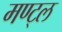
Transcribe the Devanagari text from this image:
मण्ट्ल